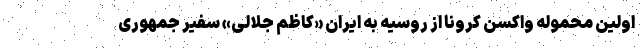
اولین محموله واکسن کرونا از روسیه به ایران «کاظم جلالی» سفیر جمهوری